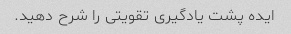
ایده پشت یادگیری تقویتی را شرح دهید.